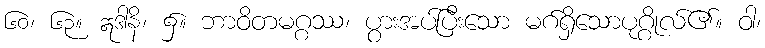
၆၀၊ ၆၃။ ဣဒါနိ၊ ၌။ ဘာဝိတမဂ္ဂဿ၊ ပွားအပ်ပြီးသော မဂ်ရှိသောပုဂ္ဂိုလ်၏။ ဝါ၊